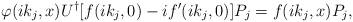
LaTeX: \begin{align*}\varphi(ik_j,x)U^\dagger[f(ik_j,0)-if'(ik_j,0)]P_j=f(ik_j,x)P_j, \end{align*}